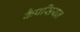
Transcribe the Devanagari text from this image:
कैपसियन